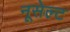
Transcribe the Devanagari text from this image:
नूसेल्ट